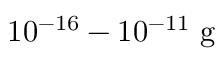
1 0 ^ { - 1 6 } - 1 0 ^ { - 1 1 } \mathrm { ~ g ~ }